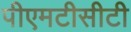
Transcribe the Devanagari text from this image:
पीएमटीसीटी